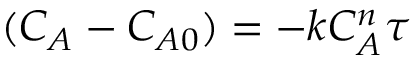
( C _ { A } - C _ { A 0 } ) = - k C _ { A } ^ { n } \tau